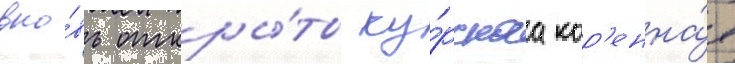
вно́вь откры́ты ку́рскаа кор'енна́я